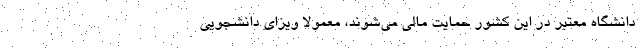
دانشگاه معتبر در این کشور حمایت مالی می‌شوند، معمولا ویزای دانشجویی